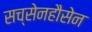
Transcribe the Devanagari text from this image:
सच्सेनहौसेन